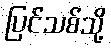
ပြင်သစ်သို့